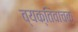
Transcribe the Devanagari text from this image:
व्यक्तिवाचक्